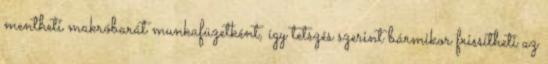
mentheti makróbarát munkafüzetként, így tetszés szerint bármikor frissítheti az